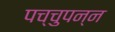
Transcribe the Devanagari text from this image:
पच्चुपन्न